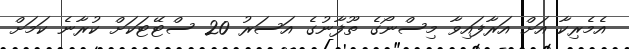
އެމެރިކާ އަށް އަރާފައިވާ މިސްނޯގެ ތޫފާނުގެ އަސަރު 20 ސްޓޭޓަކަށް ކުރާނެ ކަމަށް